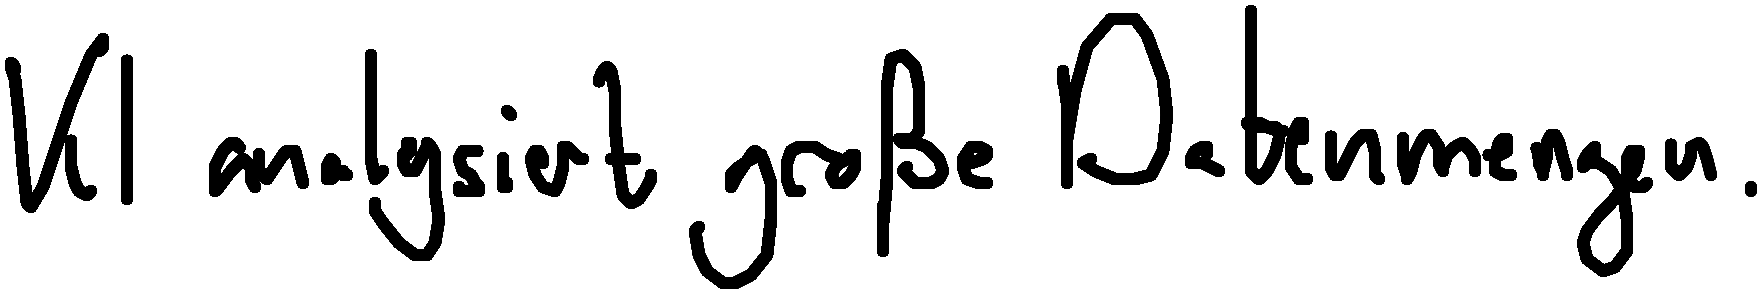
KI analysiert große Datenmengen.